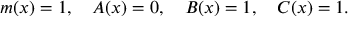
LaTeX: m ( x ) = 1 , \ \ \ A ( x ) = 0 , \ \ \ B ( x ) = 1 , \ \ \ C ( x ) = 1 .